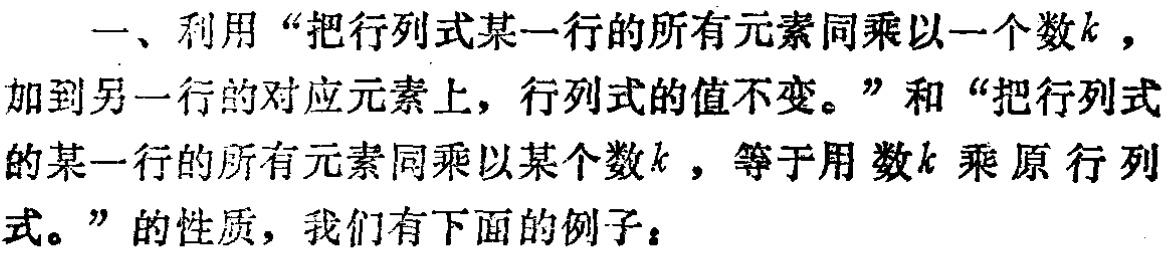
一、利用“把行列式某一行的所有元素同乘以一个数\(k\)，加到另一行的对应元素上，行列式的值不变。”和“把行列式的某一行的所有元素同乘以某个数\(k\)，等于用数\(k\)乘原行列式。”的性质，我们有下面的例子：